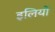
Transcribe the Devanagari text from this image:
इलियो